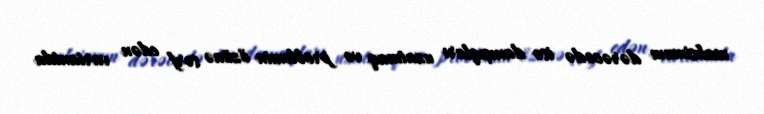
maksimum dərəcədə isə danışıqları uzatmaq və problemin özünə sərf edən variantda